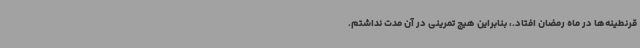
قرنطینه‌ها در ماه رمضان افتاد.، بنابراین هیچ تمرینی در آن مدت نداشتم.